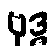
ဗုဒ္ဓ